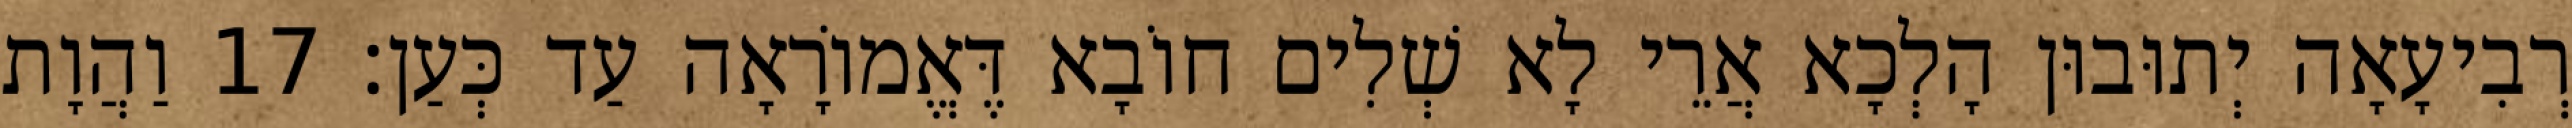
רְבִיעָאָה יְתוּבוּן הָלְכָא אֲרֵי לָא שְׁלִים חוֹבָא דֶּאֱמוֹרָאָה עַד כְּעַן׃ 17 וַהֲוָת